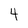
Character: 4